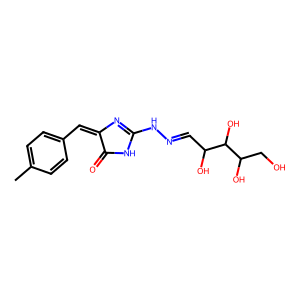
SMILES: Cc1ccc(C=C2N=C(NN=CC(O)C(O)C(O)CO)NC2=O)cc1
Inhibits HIV replication: No